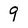
Character: 9